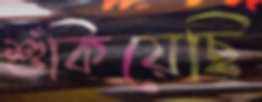
শুঁকিয়েছি